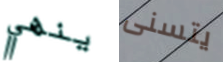
ينهي يتسنى